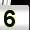
Digit: 5